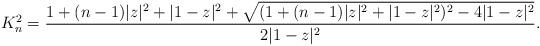
LaTeX: \begin{align*} K_n^2 &=\frac{1+(n-1)|z|^{2}+|1-z|^{2}+\sqrt{(1+(n-1)|z|^{2}+|1-z|^{2})^{2}-4|1-z|^{2}}}{2 |1-z|^{2}}. \end{align*}